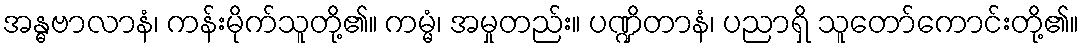
အန္ဓဗာလာနံ၊ ကန်းမိုက်သူတို့၏။ ကမ္မံ၊ အမှုတည်း။ ပဏ္ဍိတာနံ၊ ပညာရှိ သူတော်ကောင်းတို့၏။